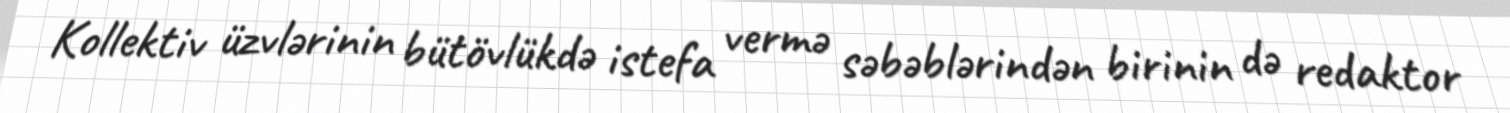
Kollektiv üzvlərinin bütövlükdə istefa vermə səbəblərindən birinin də redaktor